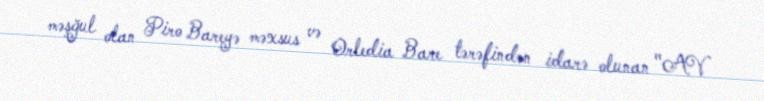
məşğul olan Piro Bareyə məxsus və Orledia Bare tərəfindən idarə olunan "AV